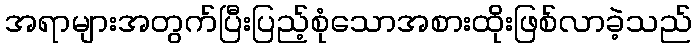
အရာများအတွက်ပြီးပြည့်စုံသောအစားထိုးဖြစ်လာခဲ့သည်